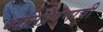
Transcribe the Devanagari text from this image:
ध्वनिप्रेषणाची